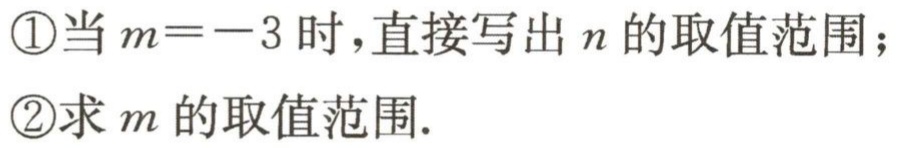
\textcircled{1}当\(m = - 3\)时，直接写出\(n\)的取值范围；

\textcircled{2}求\(m\)的取值范围.